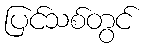
ပြင်သစ်တွင်